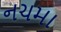
નચમા